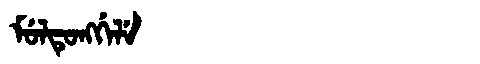
Manchu: ᠮᡠᠯᡨᡠᠩᡤᡝᠯᡝ
Romanization: MULTUNGGELE